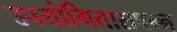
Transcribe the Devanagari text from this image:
उपयोगितासपन्न